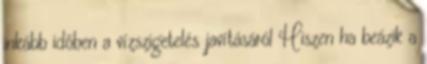
inkább időben a vízszigetelés javításáról Hiszen ha beázik a